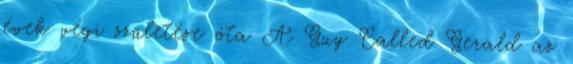
évek végi születése óta A Guy Called Gerald az